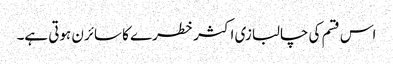
اس قسم کی چالبازی اکثر خطرے کا سائرن ہوتی ہے۔